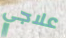
علاجي